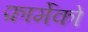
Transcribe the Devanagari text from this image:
फ़ार्मेको